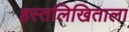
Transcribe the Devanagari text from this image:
हस्तलिखिताला